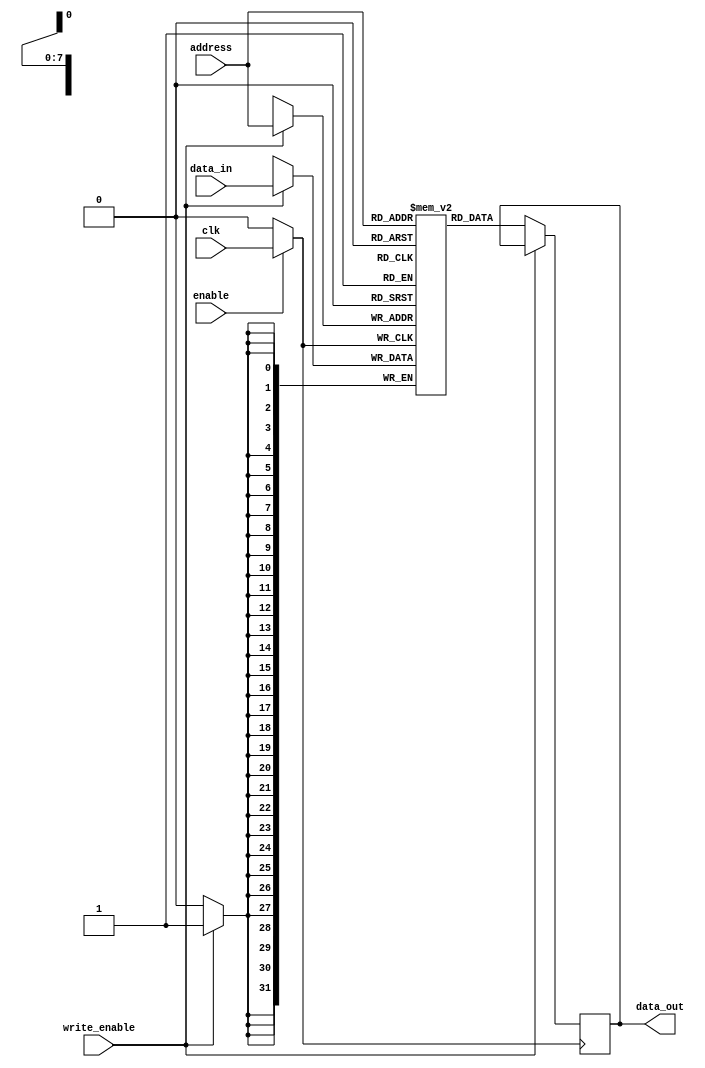
module MemoryBlock (
    input wire clk,                // Original clock signal
    input wire enable,             // Enable signal for clock gating
    input wire [7:0] address,      // Address input (8-bit for example)
    input wire [31:0] data_in,     // Data input for write operations
    input wire write_enable,        // Write enable signal
    output reg [31:0] data_out      // Data output for read operations
);

    // Memory array (256 x 32 bits)
    reg [31:0] memory_array [255:0];

    // Gated clock signal
    wire gated_clk;
    
    // Clock gating logic
    assign gated_clk = enable ? clk : 1'b0;

    // Address decoder and read/write logic
    always @(posedge gated_clk) begin
        if (write_enable) begin
            // Write operation
            memory_array[address] <= data_in;
        end else begin
            // Read operation
            data_out <= memory_array[address];
        end
    end

endmodule